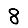
Digit: 8